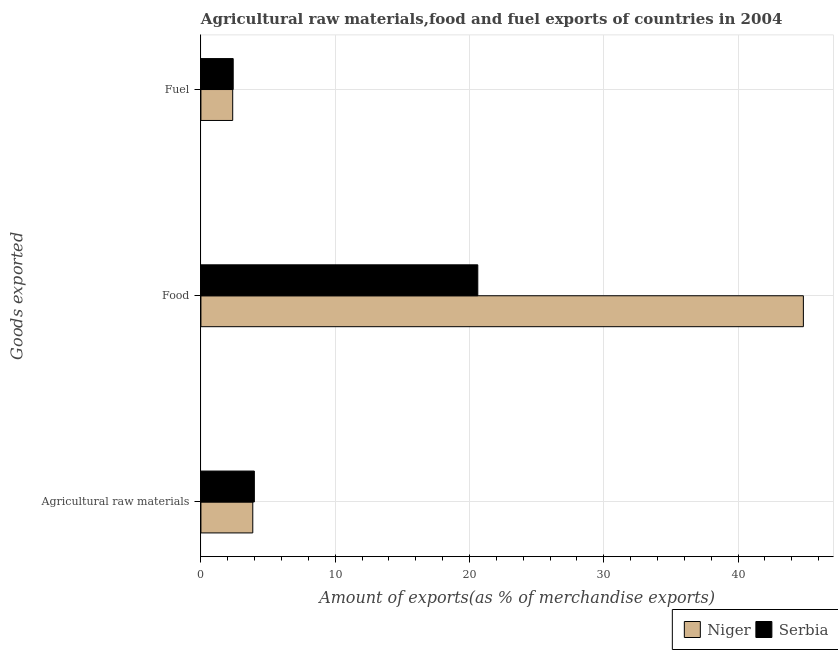
| Goods exported | Niger | Serbia |
 | --- | --- | --- |
 | Agricultural raw materials | 3.86 | 3.98 |
 | Food | 44.9 | 20.6 |
 | Fuel | 2.37 | 2.4 |